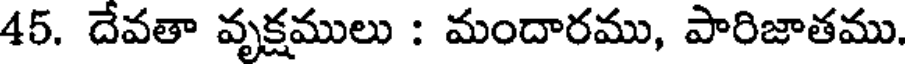
45. దేవతా వృక్షములు : మందారము, పారిజాతము.